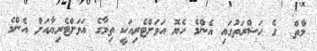
މާތް  ގެ ޙަޟްރަތުގައި އެންމެ ހެޔޮ އަވަށްޓެރިއަކީ ތިމާގެ އަވަށްޓެރިޔާއަށް އެންމެ